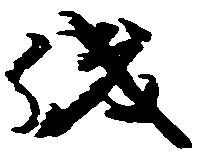
儀